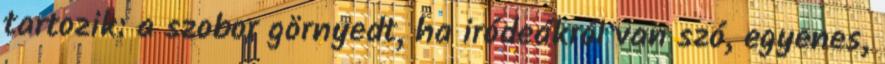
tartozik: a szobor görnyedt, ha iródeákról van szó, egyenes,